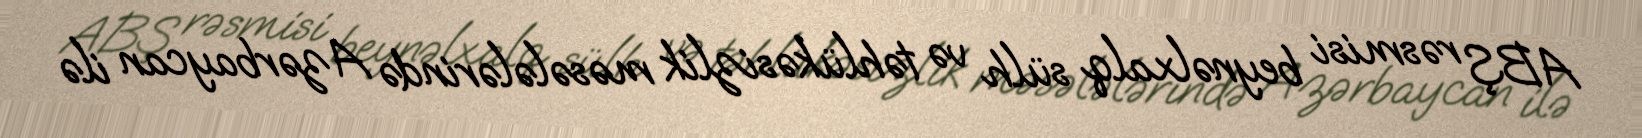
ABŞ rəsmisi beynəlxalq sülh və təhlükəsizlik məsələlərində Azərbaycan ilə